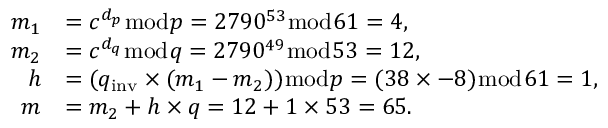
{ \begin{array} { r l } { m _ { 1 } } & { = c ^ { d _ { p } } { \bmod { p } } = 2 7 9 0 ^ { 5 3 } { \bmod { 6 } } 1 = 4 , } \\ { m _ { 2 } } & { = c ^ { d _ { q } } { \bmod { q } } = 2 7 9 0 ^ { 4 9 } { \bmod { 5 } } 3 = 1 2 , } \\ { h } & { = ( q _ { \mathrm { i n v } } \times ( m _ { 1 } - m _ { 2 } ) ) { \bmod { p } } = ( 3 8 \times - 8 ) { \bmod { 6 } } 1 = 1 , } \\ { m } & { = m _ { 2 } + h \times q = 1 2 + 1 \times 5 3 = 6 5 . } \end{array} }